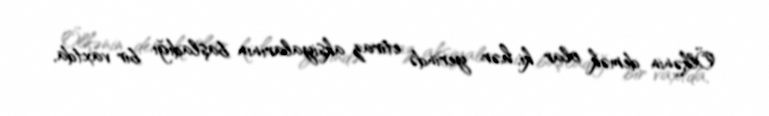
Ölkənin demək olar ki, hər yerində etiraz aksiyalarının başladığı bir vaxtda,